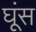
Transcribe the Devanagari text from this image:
घूंस